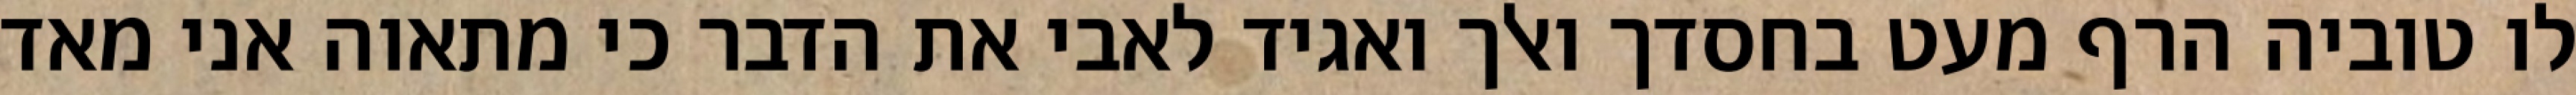
לו טוביה הרף מעט בחסדך ואלך ואגיד לאבי את הדבר כי מתאוה אני מאד